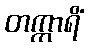
တက္ကာရိံ